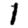
Digit: 1